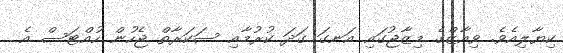
ކިޔާލިއެވެ. ވިއާޒްްގެ މިޒާޖުގައި އަނގަ ގަދަ ކުރުމާއި ސަކަރާތް ޖެހުން ހުއްޓަސް އެ